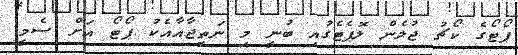
ޕޯޓޯގެ ކޯޗު ޖުލެން ލޮޕެޓެގުއި ބުނީ މި ނަތީޖާއާއެކު ޕޯޓޯ އަށް ސެމީ